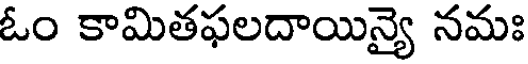
ఓం కామితఫలదాయిన్యై నమః